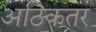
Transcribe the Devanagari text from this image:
अठिकतर